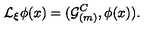
{ \cal L } _ { \xi } \phi ( x ) = ( { \cal G } _ { ( m ) } ^ { C } , \phi ( x ) ) .